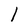
Character: l